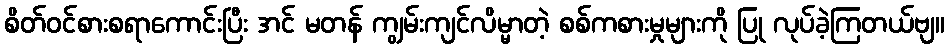
စိတ်ဝင်စားစရာကောင်းပြီး အင် မတန် ကျွမ်းကျင်လိမ္မာတဲ့ စစ်ကစားမှုများကို ပြု လုပ်ခဲ့ကြတယ်ဗျ။